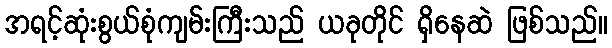
အရင့်ဆုံးစွယ်စုံကျမ်းကြီးသည် ယခုတိုင် ရှိနေဆဲ ဖြစ်သည်။